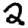
Digit: 2